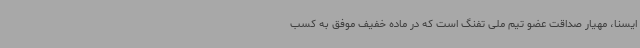
ایسنا، مهیار صداقت عضو تیم ملی تفنگ است که در ماده خفیف موفق به کسب